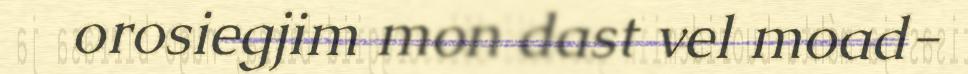
orosiegjim mon dast vel moad-